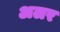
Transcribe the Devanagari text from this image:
अलर